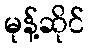
မုန့်ဆိုင်